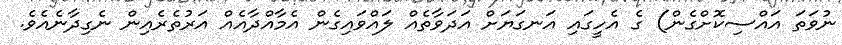
ނުވަތަ އައްސިކޮށްގެން) ގެ އެހީގައި އަނގަޔަށް އަދަވާތެއް ލައްވައިގެން އެމާއްދާއެއް އަރުތެރެއިން ނެގިދާނެއެވެ.